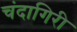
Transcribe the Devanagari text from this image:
चंदागिरी